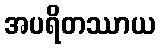
အပရိတဿာယ